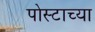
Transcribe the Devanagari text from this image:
पोस्टाच्या